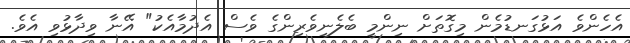
އެހެންވެ އަޅުގަނޑުމެން މިގޮތަށް ނިންމީ ބެލެނިވެރިންގެ ވެސް އެދުމާއެކު" އޭނާ ވިދާޅުވި އެވެ.